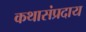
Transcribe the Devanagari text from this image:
कथासंप्रदाय